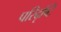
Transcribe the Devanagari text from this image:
परिदृष्टि